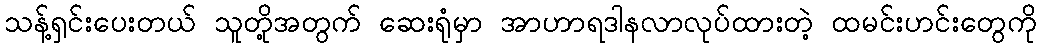
သန့်ရှင်းပေးတယ် သူတို့အတွက် ဆေးရုံမှာ အာဟာရဒါနလာလုပ်ထားတဲ့ ထမင်းဟင်းတွေကို